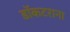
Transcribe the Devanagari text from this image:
डॉकटराना